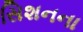
સિશનના